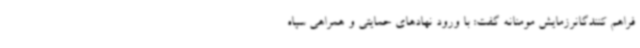
فراهم کنندگانرزمایش مومنانه گفت: با ورود نهادهای حمایتی و همراهی سپاه